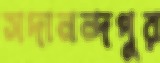
সদানন্দপুর